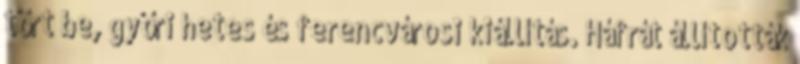
tört be, győri hetes és ferencvárosi kiállítás. Háfrát állították